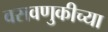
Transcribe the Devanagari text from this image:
वसवणुकीच्या